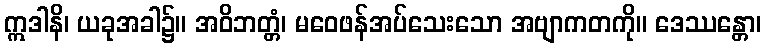
ဣဒါနိ၊ ယခုအခါ၌။ အဝိဘတ္တံ၊ မဝေဖန်အပ်သေးသော အဗျာကတကို။ ဒေဿန္တော၊